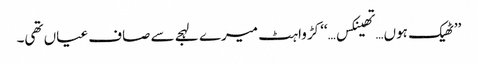
’’ٹھیک ہوں…تھینکس…‘‘ کڑواہٹ میرے لہجے سے صاف عیاں تھی۔